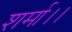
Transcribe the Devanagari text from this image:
शर्मा।।